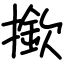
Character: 撳